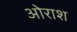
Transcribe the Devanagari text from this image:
ओराश